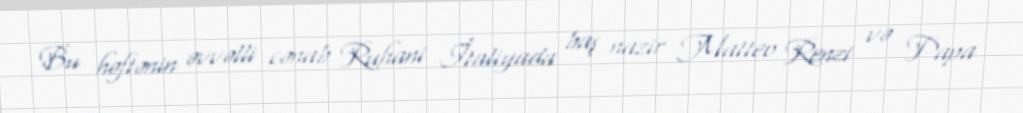
Bu həftənin əvvəlli cənab Ruhani İtaliyada baş nazir Matteo Renzi və Papa